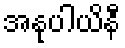
အနုပါယိနီ